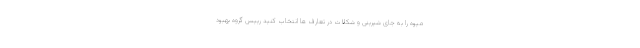
میوه را به جای شیرینی و شکلات در تعارف ها انتخاب کنید رییس گروه بهبود